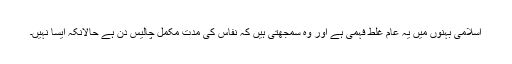
اسلامی بہنوں میں یہ عام غَلَط فَہمی ہے اور وہ سمجھتی ہیں کہ نفاس کی مدّت مکمّل چالیس دن ہے حالانکہ ایسا نہیں۔